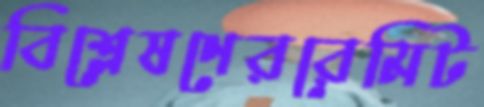
বিশ্লেষণেররেমিট